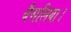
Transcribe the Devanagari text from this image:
बैसलिया।